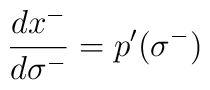
\:\frac{dx^{-}}{d\sigma^{-}} = p'(\sigma^{-})\: